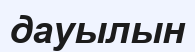
дауылын